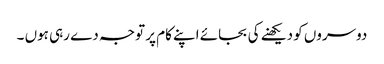
دوسروں کو دیکھنے کی بجائے اپنے کام پر توجہ دے رہی ہوں ۔